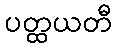
ပတ္ထယတီ